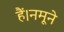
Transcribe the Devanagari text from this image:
हैं।नमूने